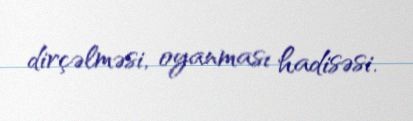
dirçəlməsi, oyanması hadisəsi.